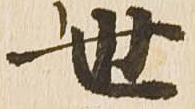
世